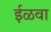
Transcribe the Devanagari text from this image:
ईळवा